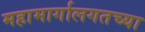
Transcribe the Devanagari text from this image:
महामार्गालगतच्या